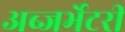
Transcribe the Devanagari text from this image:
अब्जर्भेटरी